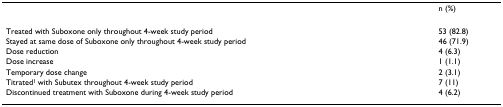
<table><thead><tr><td></td><td><b>n (%)</b></td></tr></thead><tbody><tr><td>Treated with Suboxone only throughout 4-week study period</td><td>53 (82.8)</td></tr><tr><td>Stayed at same dose of Suboxone only throughout 4-week study period</td><td>46 (71.9)</td></tr><tr><td>Dose reduction</td><td>4 (6.3)</td></tr><tr><td>Dose increase</td><td>1 (1.1)</td></tr><tr><td>Temporary dose change</td><td>2 (3.1)</td></tr><tr><td>Titrated<sup>1 </sup>with Subutex throughout 4-week study period</td><td>7 (11)</td></tr><tr><td>Discontinued treatment with Suboxone during 4-week study period</td><td>4 (6.2)</td></tr></tbody></table>